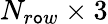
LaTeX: N_{r\mathtt{o}w}\times3